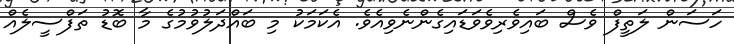
ހަސަން ލަތީފް ވެސް ބައިވެރިވެވަޑައިގެންނެވިއެވެ. އެކަމަކު މި ބައްދަލުވުމުގެ މާ ބޮޑު ތަފްސީލެއް